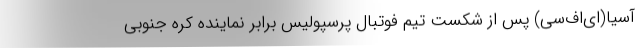
آسیا(ای‌اف‌سی) پس از شکست تیم فوتبال پرسپولیس برابر نماینده کره جنوبی